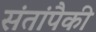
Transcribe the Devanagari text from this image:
संतांपैकी